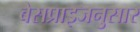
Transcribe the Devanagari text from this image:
बेसप्राइजनुसार